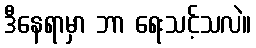
ဒီနေရာမှာ ဘာ ရေးသင့်သလဲ။